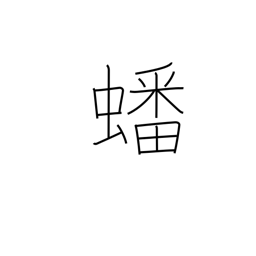
Meaning: coiled up